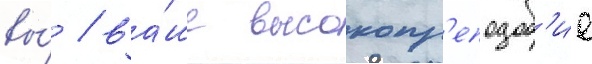
вы́ / ва́ше высокопр'еподоб'ие